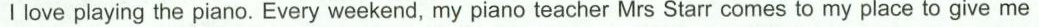
I love playing the piano. Every weekend, my piano teacher Mrs Starr comes to my place to give me